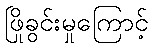
ဖြိုခွင်းမှုကြောင့်